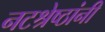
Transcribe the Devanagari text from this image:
नटश्रेष्ठांनी